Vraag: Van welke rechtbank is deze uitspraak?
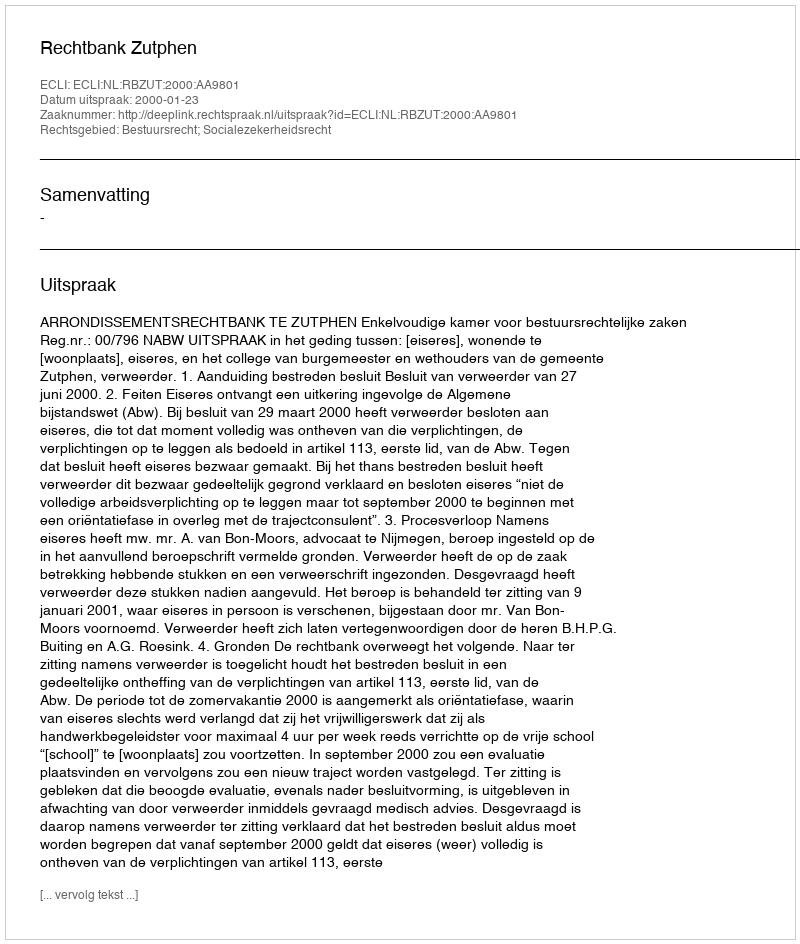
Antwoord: Rechtbank Zutphen